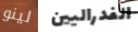
لينو الفدراليين